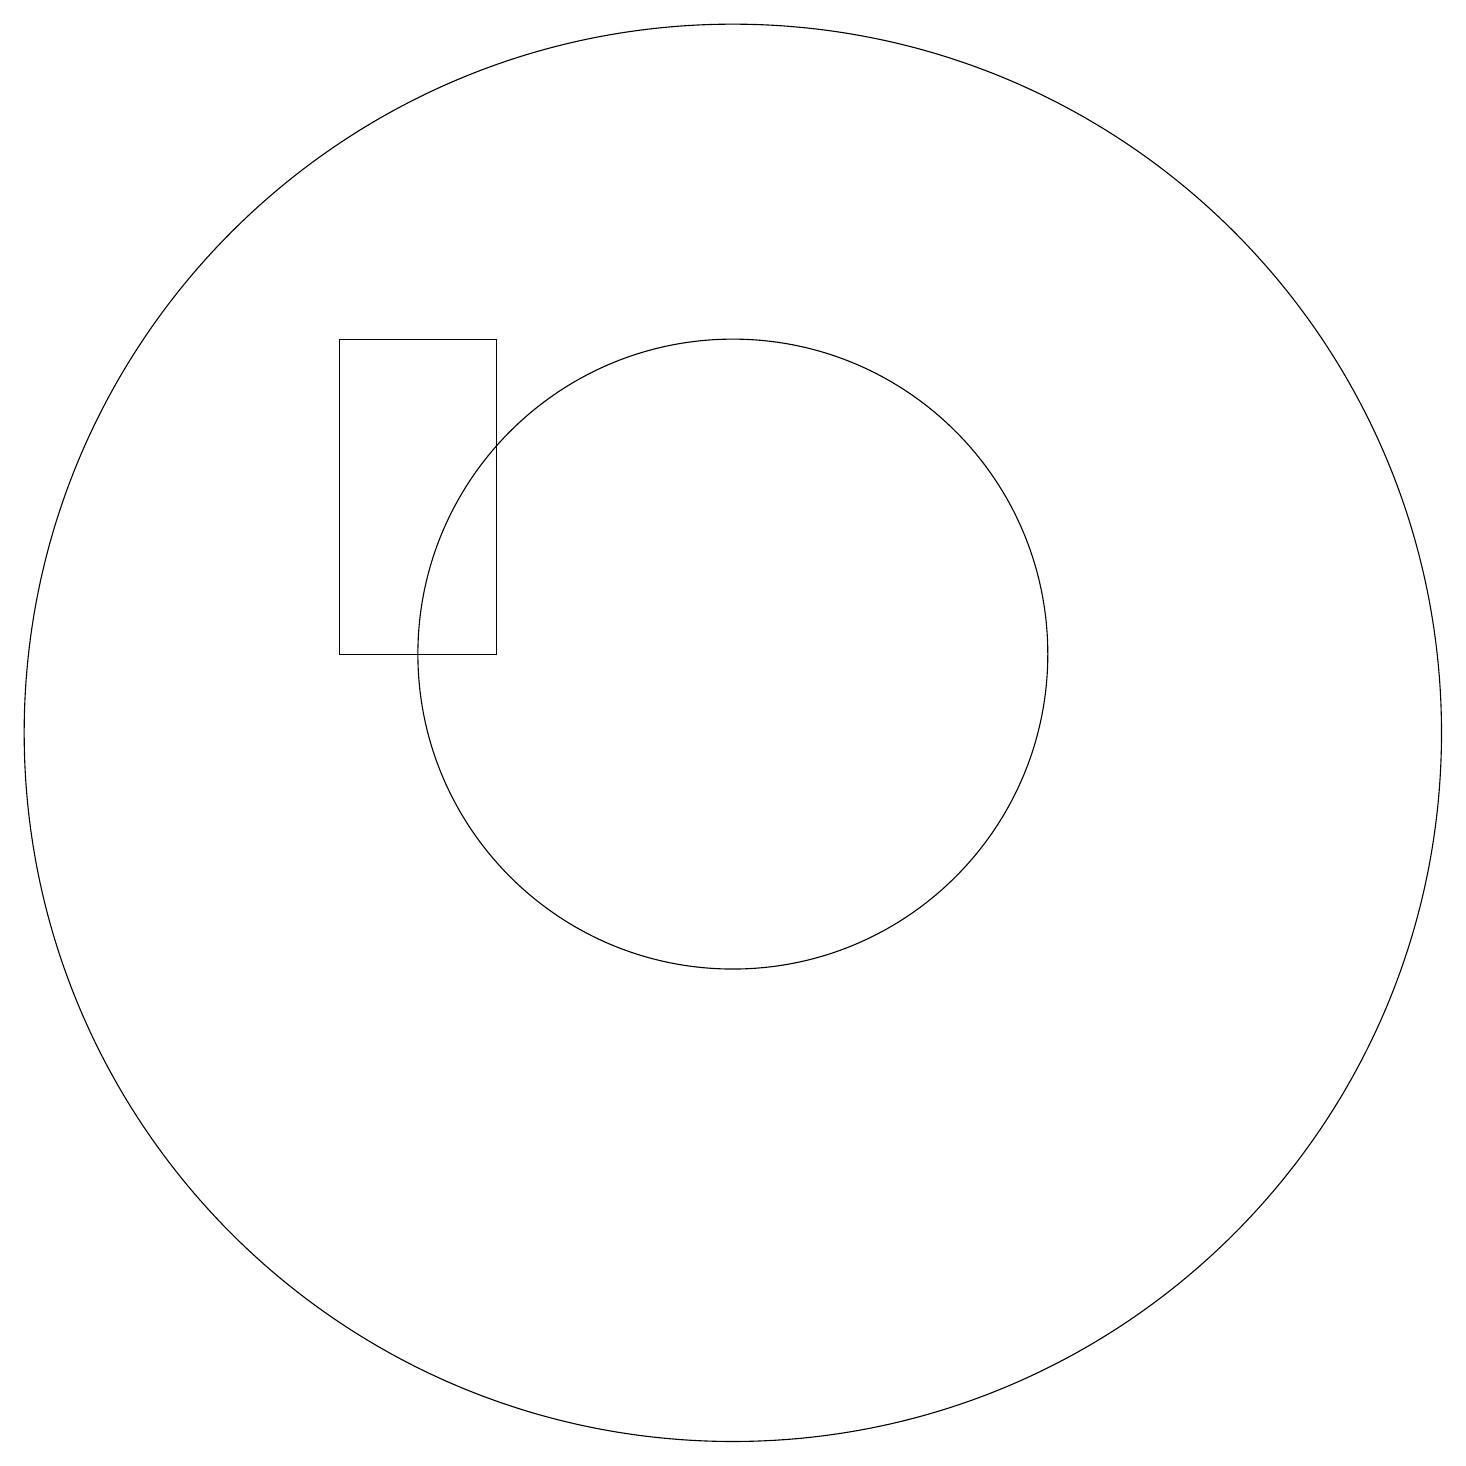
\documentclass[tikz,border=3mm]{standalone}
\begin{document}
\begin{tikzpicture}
\draw (10,12) circle (4);
\draw (7,16) rectangle (5,12);
\draw (10,11) circle (9);
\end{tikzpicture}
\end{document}